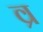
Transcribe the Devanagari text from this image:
व्र